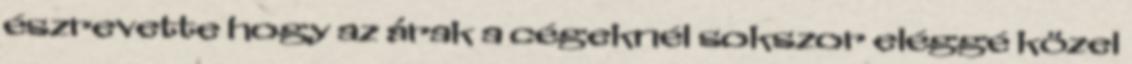
észrevette hogy az árak a cégeknél sokszor eléggé közel